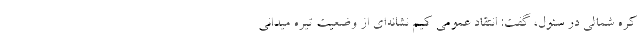
کره شمالی در سئول، گفت: انتقاد عمومی کیم نشانه‌ای از وضعیت تیره میدانی